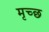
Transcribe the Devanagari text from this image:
मृच्छ